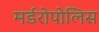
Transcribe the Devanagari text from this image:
मर्डरोपोलिस